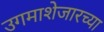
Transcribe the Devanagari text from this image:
उगमाशेजारच्या